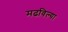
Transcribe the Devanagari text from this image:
मढविल्या